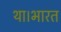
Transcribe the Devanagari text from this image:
था।भारत